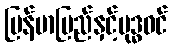
မြန်မာပြည်နှင့်ဗုဒ္ဓဝင်